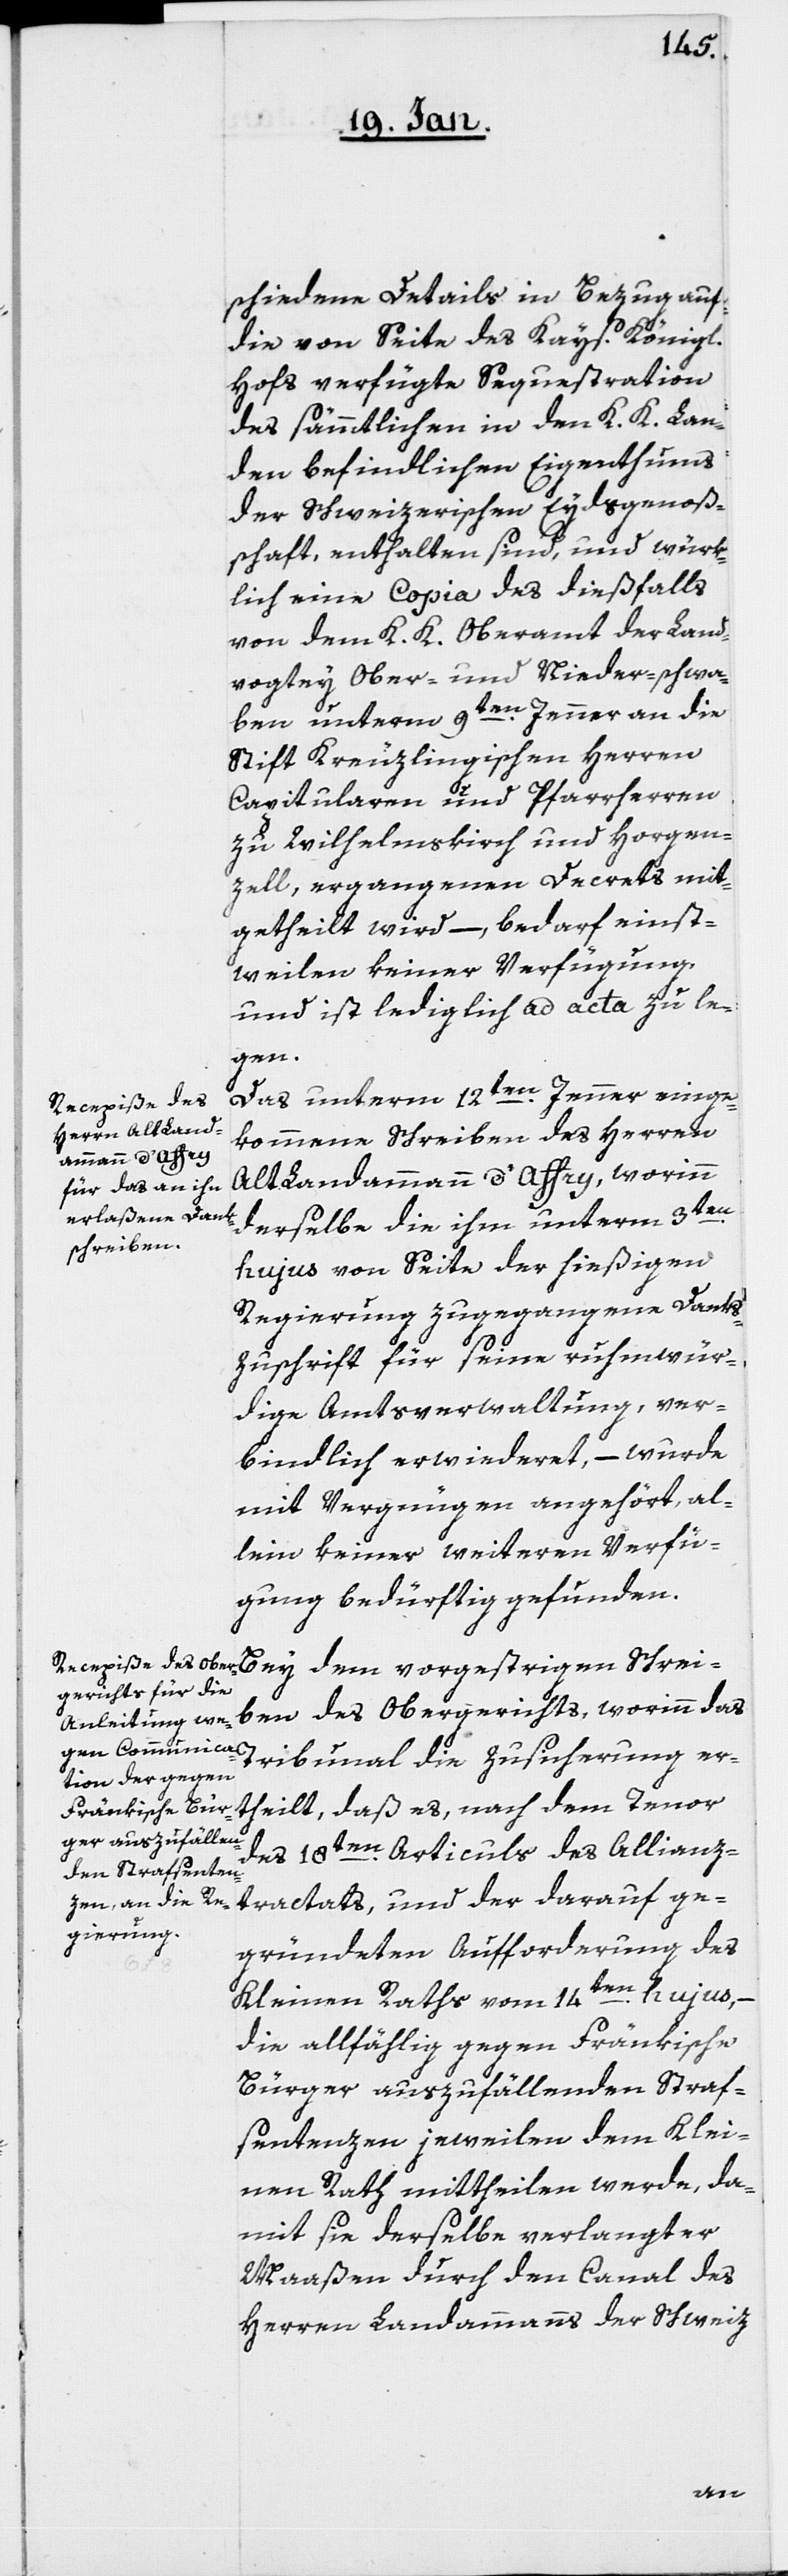
schiedene Details in Bezug auf
die von Seite des Kays. Königl.
Hofs verfügte Sequestration
des sämmtlichen in den K. K. Lan¬
den befindlichen Eigenthums
der Schweizerischen Eydsgenoße¬
nschaft, enthalten sind, und würk¬
lich eine Copia des dießfalls
von dem K. K. Oberamt der Land¬
vogtey Ober- und Nieder-schwa¬
ben unterm 9ten. Jenner an die
Stift Kreuzlingischen Herren
Capitularen und Pfarrherren
zu Wilhelmskirch und Horgen¬
zell, ergangenen Decrets mit¬
getheilt wird, – bedarf einst¬
weilen keiner Verfügung,
und ist lediglich ad acta zu le¬
gen.
Das unterm 12ten. Jenner einge¬
kommene Schreiben des Herren
Alt Landammann d’Affry, worinn
derselbe die ihm unterm 3ten.
hujus von Seite der hießigen
Regierung zugegangene Danks¬
zuschrift für seine ruhmwür¬
dige Amtsverwaltung, ver¬
bindlich erwiederet, – wurde
mit Vergnügen angehört, al¬
lein keiner weiteren Verfü¬
gung bedürftig gefunden.
Bey dem vorgestrigen Schrei¬
ben des Obergerichts, worinn das
Tribunal die Zusicherung er¬
theilt, daß es, nach dem Tenor
des 18ten. Articuls des Allianz¬
tractats, und der darauf ge¬
gründeten Aufforderung des
Kleinen Raths vom 14ten. hujus, –
die allfählig gegen Fränkische
Bürger auszufällenden Straf¬
sentenzen jeweilen dem Klei¬
nen Rath mittheilen werde, da¬
mit sie derselbe verlangter
Maaßen durch den Canal des
Herren Landammanns der Schweiz